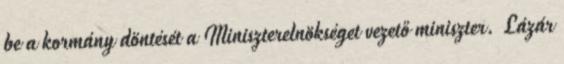
be a kormány döntését a Miniszterelnökséget vezető miniszter. Lázár